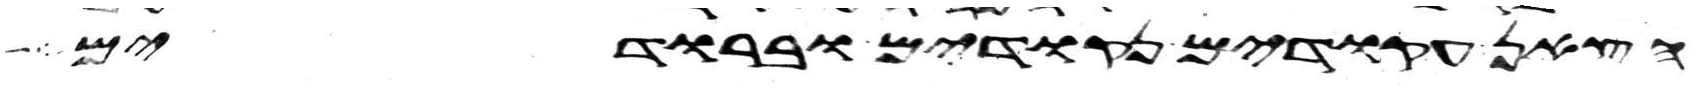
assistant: הצאן עקודים נקודים וברודים